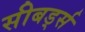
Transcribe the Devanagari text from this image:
सीबर्ड्स